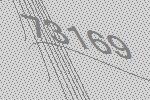
73169